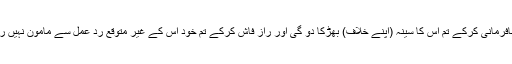
کیونکہ نافرمانی کرکے تم اس کا سینہ (اپنے خلاف) بھڑکا دو گی اور راز فاش کرکے تم خود اس کے غیر متوقع رد عمل سے مامون نہیں رہ سکتیں۔